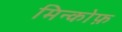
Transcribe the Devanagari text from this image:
मिन्कोफ़